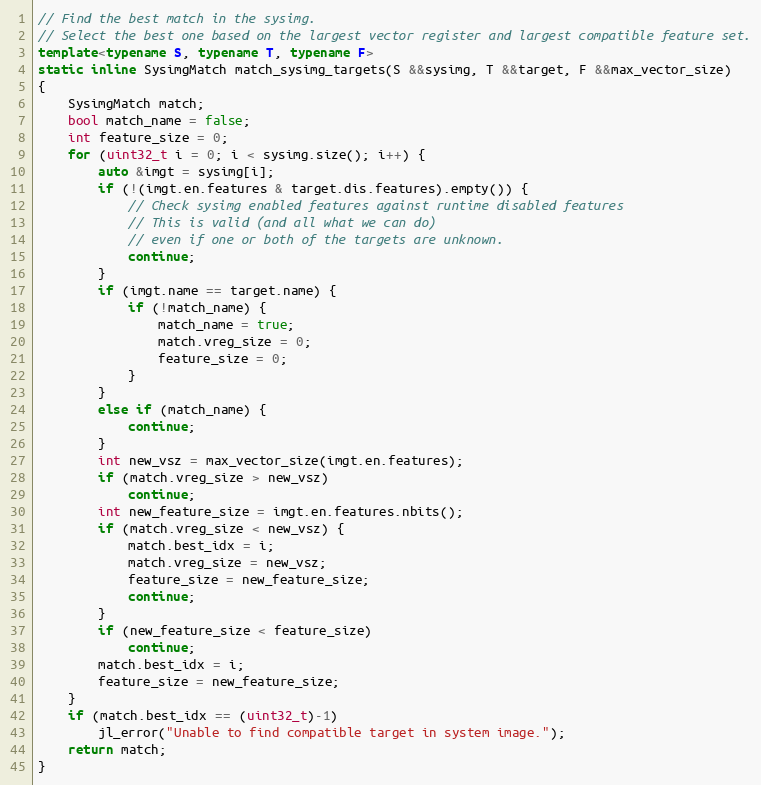
Language: C++
// Find the best match in the sysimg.
// Select the best one based on the largest vector register and largest compatible feature set.
template<typename S, typename T, typename F>
static inline SysimgMatch match_sysimg_targets(S &&sysimg, T &&target, F &&max_vector_size)
{
    SysimgMatch match;
    bool match_name = false;
    int feature_size = 0;
    for (uint32_t i = 0; i < sysimg.size(); i++) {
        auto &imgt = sysimg[i];
        if (!(imgt.en.features & target.dis.features).empty()) {
            // Check sysimg enabled features against runtime disabled features
            // This is valid (and all what we can do)
            // even if one or both of the targets are unknown.
            continue;
        }
        if (imgt.name == target.name) {
            if (!match_name) {
                match_name = true;
                match.vreg_size = 0;
                feature_size = 0;
            }
        }
        else if (match_name) {
            continue;
        }
        int new_vsz = max_vector_size(imgt.en.features);
        if (match.vreg_size > new_vsz)
            continue;
        int new_feature_size = imgt.en.features.nbits();
        if (match.vreg_size < new_vsz) {
            match.best_idx = i;
            match.vreg_size = new_vsz;
            feature_size = new_feature_size;
            continue;
        }
        if (new_feature_size < feature_size)
            continue;
        match.best_idx = i;
        feature_size = new_feature_size;
    }
    if (match.best_idx == (uint32_t)-1)
        jl_error("Unable to find compatible target in system image.");
    return match;
}